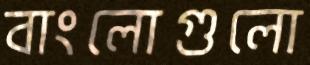
বাংলোগুলো